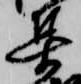
集